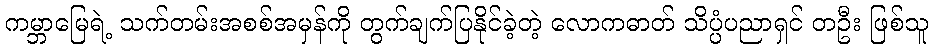
ကမ္ဘာမြေရဲ့ သက်တမ်းအစစ်အမှန်ကို တွက်ချက်ပြနိုင်ခဲ့တဲ့ လောကဓာတ် သိပ္ပံပညာရှင် တဦး ဖြစ်သူ